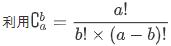
利用$C_{a}^{b}=\frac{a!}{b!\times (a - b)!}$